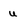
Character: u